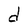
Character: d